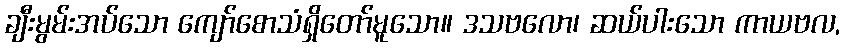
ချီးမွမ်းအပ်သော ကျော်စောသံရှိတော်မူသော။ ဒသဗလော၊ ဆယ်ပါးသော ကာယဗလ,